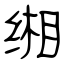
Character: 缃